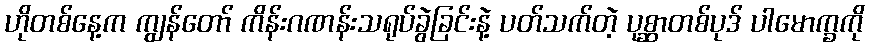
ဟိုတစ်နေ့က ကျွန်တော် ကိန်းဂဏန်းသရုပ်ခွဲခြင်းနဲ့ ပတ်သက်တဲ့ ပုစ္ဆာတစ်ပုဒ် ပါမောက္ခကို